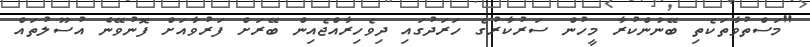
"މަސްތުވާތަކެތި ބޭނުންކުރާ މީހުން ސަރުކާރުގެ ހަރަދުގައި ދިވެހިރާއްޖެއިން ބޭރަށް ފަރުވާއަށް ފޮނުވޭނެ އުސޫލުތައް